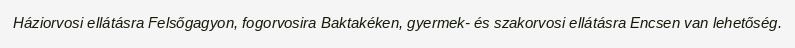
Háziorvosi ellátásra Felsőgagyon, fogorvosira Baktakéken, gyermek- és szakorvosi ellátásra Encsen van lehetőség.